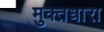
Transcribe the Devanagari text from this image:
मुक्तधारा